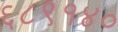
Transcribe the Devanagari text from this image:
६८९१४०